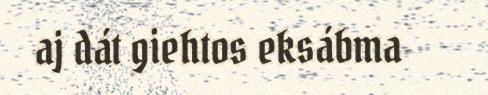
aj dát giehtos eksábma